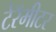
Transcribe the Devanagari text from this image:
टेरॅमीटर